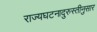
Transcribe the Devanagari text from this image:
राज्यघटनादुरुस्तीनुसार